Vaccination in the Punjab 1883-1896 - 1883-1896
Year: 1883
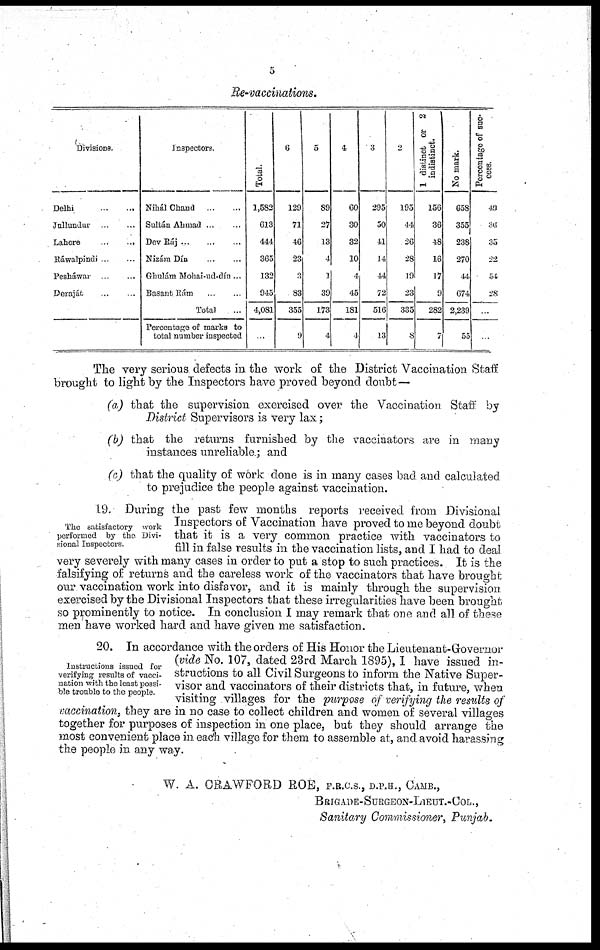
5
Re-vaccinations.
Divisions.
Delhi
...
...
Jnllundur
...
...
Lahore
...
...
Ráwalpindi
...
...
Pesháwar
...
...
Deraját ... ...
Inspectors.
Nihál Chand
...
...
Saltán Ahmad ... ...
Dev Ráj ... ... ...
Nizám Dín ... ...
Gbulám Mohai-ud-dín ...
Basant Rám ... ...
Total ...
Percentage of marks to
total number inspected
Total.
1,582
613
444
365
132
945
4,081
...
6
129
71
46
23
3
83
355
9
5
89
27
13
4
1
39
173
4
4
60
30
32
10
4
45
181
1
3
295
50
41
14
44
72
516
13
2
195
44
26
28
19
23
335
8
1 distinct or 2
indistinct.
156
36
48
16
17
9
282
7
No mark.
658
355
238
270
44
674
2,239
55
Percentage of suc-
cess.
49
36
35
22
54
28
...
...
The very serious defects in the work of the District Vaccination Staff
brought to light by the Inspectors have proved beyond doubt—
(a) that the supervision exercised over the Vaccination Staff by
District Supervisors is very lax;
(b) that the returns furnished by the vaccinators are in many
instances unreliable; and
(c) that the quality of work done is in many cases bad and calculated
to prejudice the people against vaccination.
The satisfactory work
performed by the Divi-
sional Inspectors.
19. During the past few months reports received from Divisional
Inspectors of Vaccination have proved to me beyond doubt
that it is a very common practice with vaccinators to
fill in false results in the vaccination lists, and I had to deal
very severely with many cases in order to put a stop to such practices. It is the
falsifying of returns and the careless work of the vaccinators that have brought
our vaccination work into disfavor, and it is mainly through the supervision
exercised by the Divisional Inspectors that these irregularities have been brought
so prominently to notice. In conclusion I may remark that one and all of these
men have worked hard and have given me satisfaction.
Instructions issued for
verifying results of vacci-
nation with the least possi-
ble trouble to the people.
20. In accordance with the orders of His Honor the Lieutenant-Governor
{vide No. 107, dated 23rd March 1895), I have issued in-
structions to all Civil Surgeons to inform the Native Super-
visor and vaccinators of their districts that, in future, when
visiting villages for the purpose of verifying the results of
vaccination, they are in no case to collect children and women of several villages
together for purposes of inspection in one place, but they should arrange the
most convenient place in each village for them to assemble at, and avoid harassing
the people in any way.
W. A. CRAWFORD ROE, F.R.C.S., D.P.H., CAMB.,
BRIGADE-SURGEON-LIEUT.-COL.,
Sanitary Commissioner, Punjab.